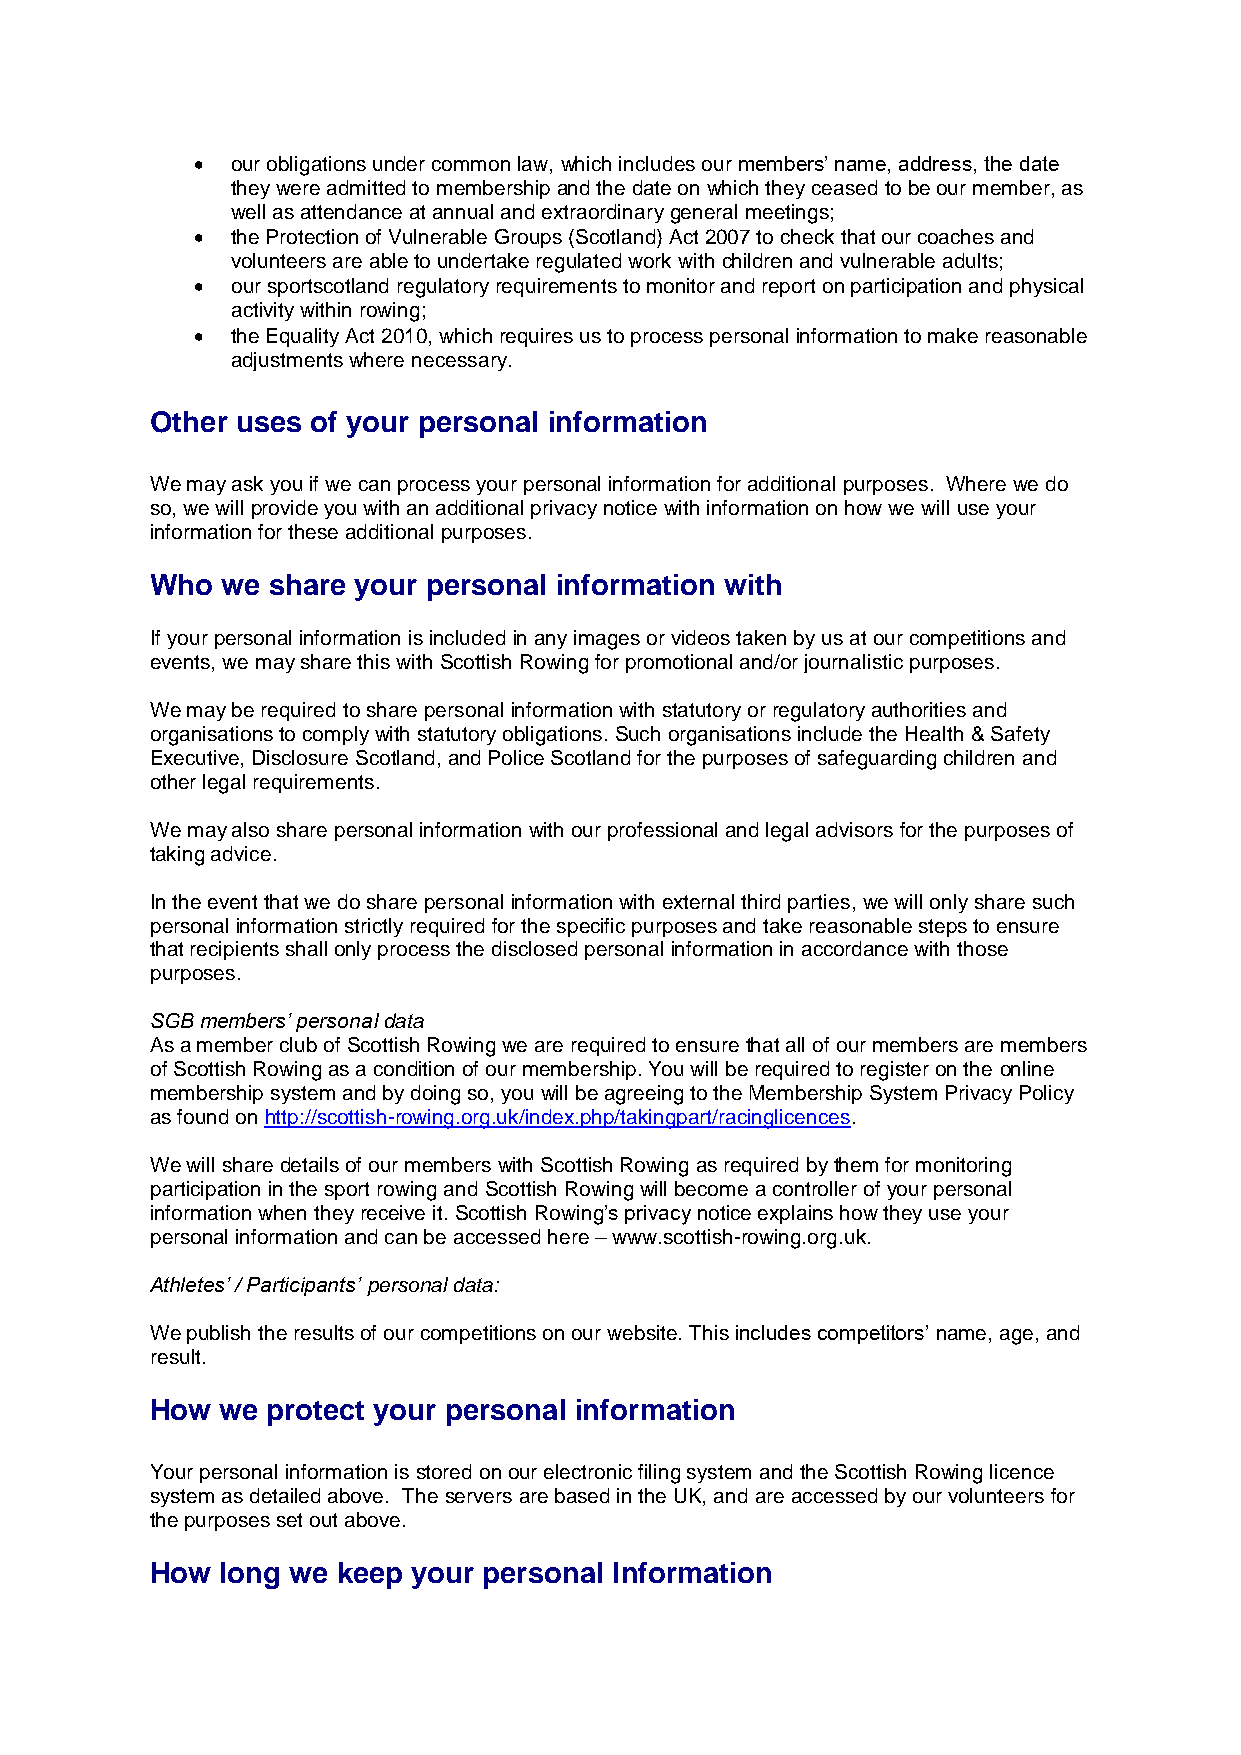
 our obligations under common law, which includes our members’ name, address, the date
 they were admitted to membership and the date on which they ceased to be our member, as
 well as attendance at annual and extraordinary general meetings;
  the Protection of Vulnerable Groups (Scotland) Act 2007 to check that our coaches and
 volunteers are able to undertake regulated work with children and vulnerable adults;
  our sportscotland regulatory requirements to monitor and report on participation and physical
 activity within rowing;
  the Equality Act 2010, which requires us to process personal information to make reasonable
 adjustments where necessary.
 Other uses of your personal information
 We may ask you if we can process your personal information for additional purposes. Where we do
 so, we will provide you with an additional privacy notice with information on how we will use your
 information for these additional purposes.
 Who  we share your personal information with
 If your personal information is included in any images or videos taken by us at our competitions and
 events, we may share this with Scottish Rowing for promotional and/or journalistic purposes.
 We may be required to share personal information with statutory or regulatory authorities and
 organisations to comply with statutory obligations. Such organisations include the Health & Safety
 Executive, Disclosure Scotland, and Police Scotland for the purposes of safeguarding children and
 other legal requirements.
 We may also share personal information with our professional and legal advisors for the purposes of
 taking advice.
 In the event that we do share personal information with external third parties, we will only share such
 personal information strictly required for the specific purposes and take reasonable steps to ensure
 that recipients shall only process the disclosed personal information in accordance with those
 purposes.
 SGB members’ personal data
 As a member club of Scottish Rowing we are required to ensure that all of our members are members
 of Scottish Rowing as a condition of our membership. You will be required to register on the online
 membership system and by doing so, you will be agreeing to the Membership System Privacy Policy
 as found on http://scottish-rowing.org.uk/index.php/takingpart/racinglicences.
 We will share details of our members with Scottish Rowing as required by them for monitoring
 participation in the sport rowing and Scottish Rowing will become a controller of your personal
 information when they receive it. Scottish Rowing’s privacy notice explains how they use your
 personal information and can be accessed here – www.scottish-rowing.org.uk.
 Athletes’ / Participants’ personal data:
 We publish the results of our competitions on our website. This includes competitors’ name, age, and
 result.
 How  we protect your personal information
 Your personal information is stored on our electronic filing system and the Scottish Rowing licence
 system as detailed above. The servers are based in the UK, and are accessed by our volunteers for
 the purposes set out above.
 How  long we keep your personal Information